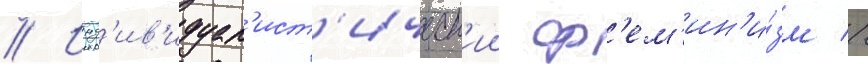
// Инд'ив'идуал'ист'ическ'ии ф'ем'ин'и́зм //